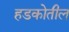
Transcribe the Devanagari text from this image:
हडकोतील